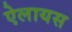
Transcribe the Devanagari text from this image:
ऐलायस